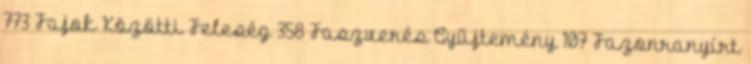
773 Fajok Közötti Feleség 358 Faszverés Gyűjtemény 107 Fazonranyírt